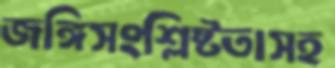
জঙ্গিসংশ্লিষ্টতাসহ